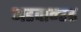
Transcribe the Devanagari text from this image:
अडवान्स्ड